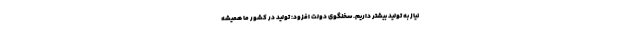
نیاز به تولید بیشتر داریم. سخنگوی دولت افزود: تولید در کشور ما همیشه